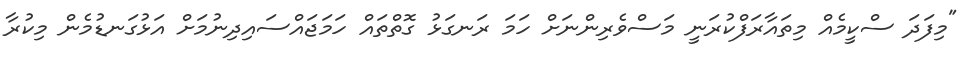
"މިފަދަ ސްކީމެއް މިތައާރަފްކުރަނީ މަސްވެރިންނަށް ހަމަ ރަނގަޅު ގޮތްތައް ހަމަޖައްސައިދިނުމަށް އަޅުގަނޑުމެން މިކުރާ